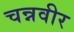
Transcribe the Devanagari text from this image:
चन्नवीर